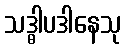
သဒ္ဓါပဒါနေသု